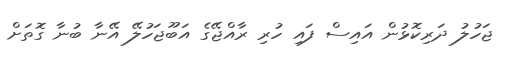
ޖަހުލު ދަރިކޮޅުން އައިސް ފައި ހުރި ރާއްޖޭގެ އަބޫޖަހުލޭ އޭނާ ބުނާ ގޮތަށް